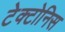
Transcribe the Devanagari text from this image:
टेक्टोनिस